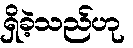
ရှိခဲ့သည်ဟု